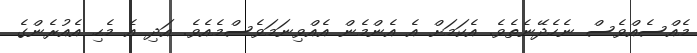
މެއްސެއްވެސް ނެހެދޭނެތެވެ. އެކަމަށް އެ އެންމެން އެއްވިނަމަވެސްމެއެވެ. އަދި އެ މެހި އެއުރެންގެ